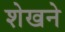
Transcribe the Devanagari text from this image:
शेखने